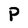
Character: P